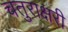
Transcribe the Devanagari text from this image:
चतुराक्षरी